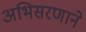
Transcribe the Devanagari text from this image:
अभिसरणाने